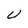
Character: U